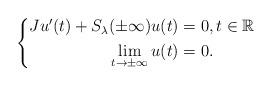
LaTeX: \begin{align*}\left\{\begin{aligned}Ju'(t)+S_\lambda(\pm\infty)u(t)&=0,t\in\mathbb{R}\\\lim_{t\rightarrow\pm\infty}u(t)&=0.\end{aligned}\right.\end{align*}